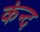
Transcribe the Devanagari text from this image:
कंन्द